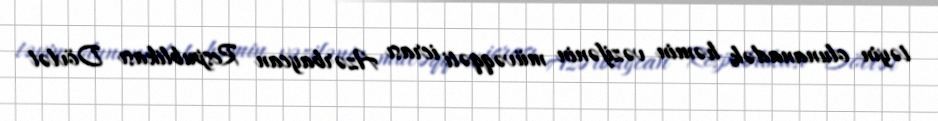
təyin olunanadək həmin vəzifənin müvəqqəti icrası Azərbaycan Respublikası Dövlət